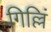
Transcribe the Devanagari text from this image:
गिल्लिं